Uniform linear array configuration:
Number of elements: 24
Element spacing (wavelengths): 0.75
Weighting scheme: blackman
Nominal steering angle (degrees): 45
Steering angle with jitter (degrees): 44.217
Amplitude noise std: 0.05
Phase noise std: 0.05

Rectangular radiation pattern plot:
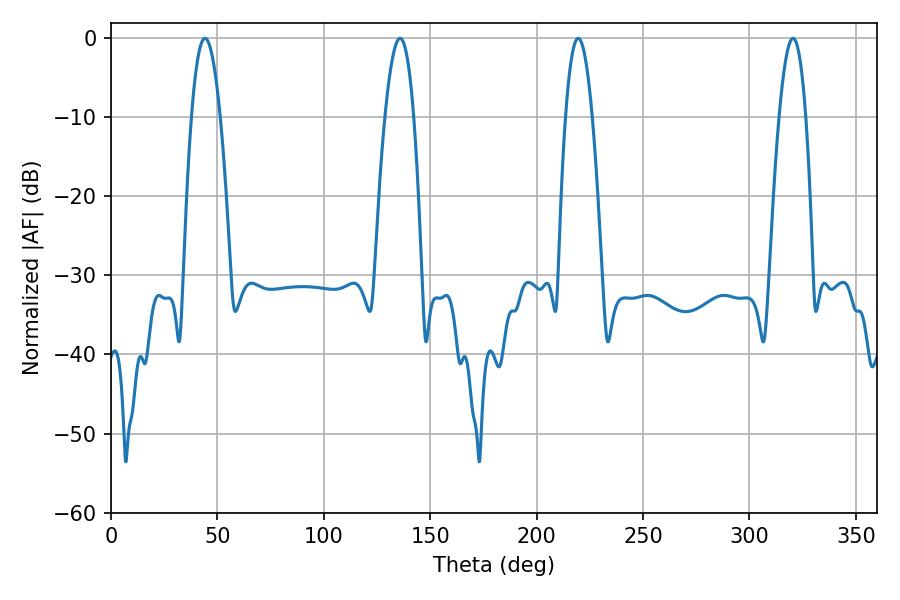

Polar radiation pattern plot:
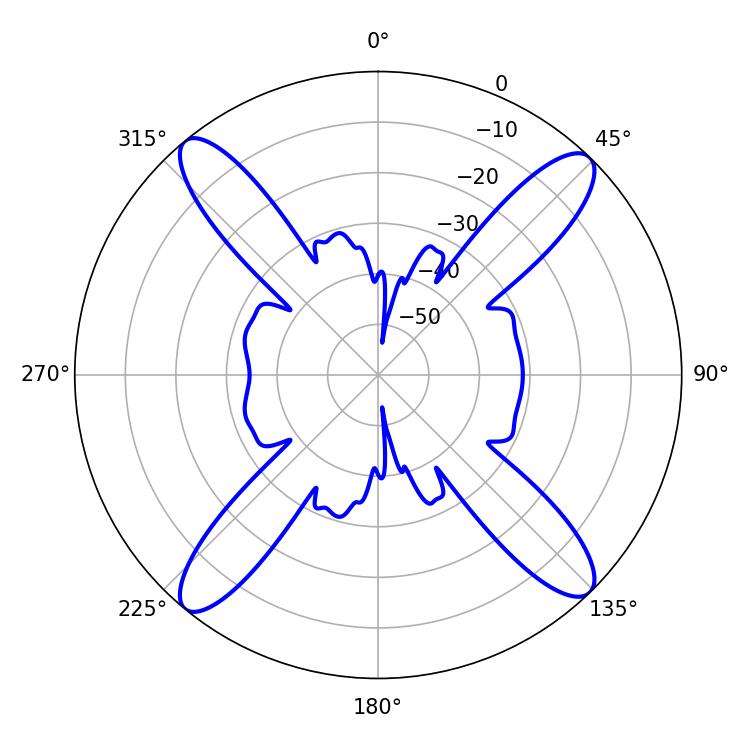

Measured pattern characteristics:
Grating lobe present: TRUE
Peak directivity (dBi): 18.278
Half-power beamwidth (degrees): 7.56
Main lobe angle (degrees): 44.1